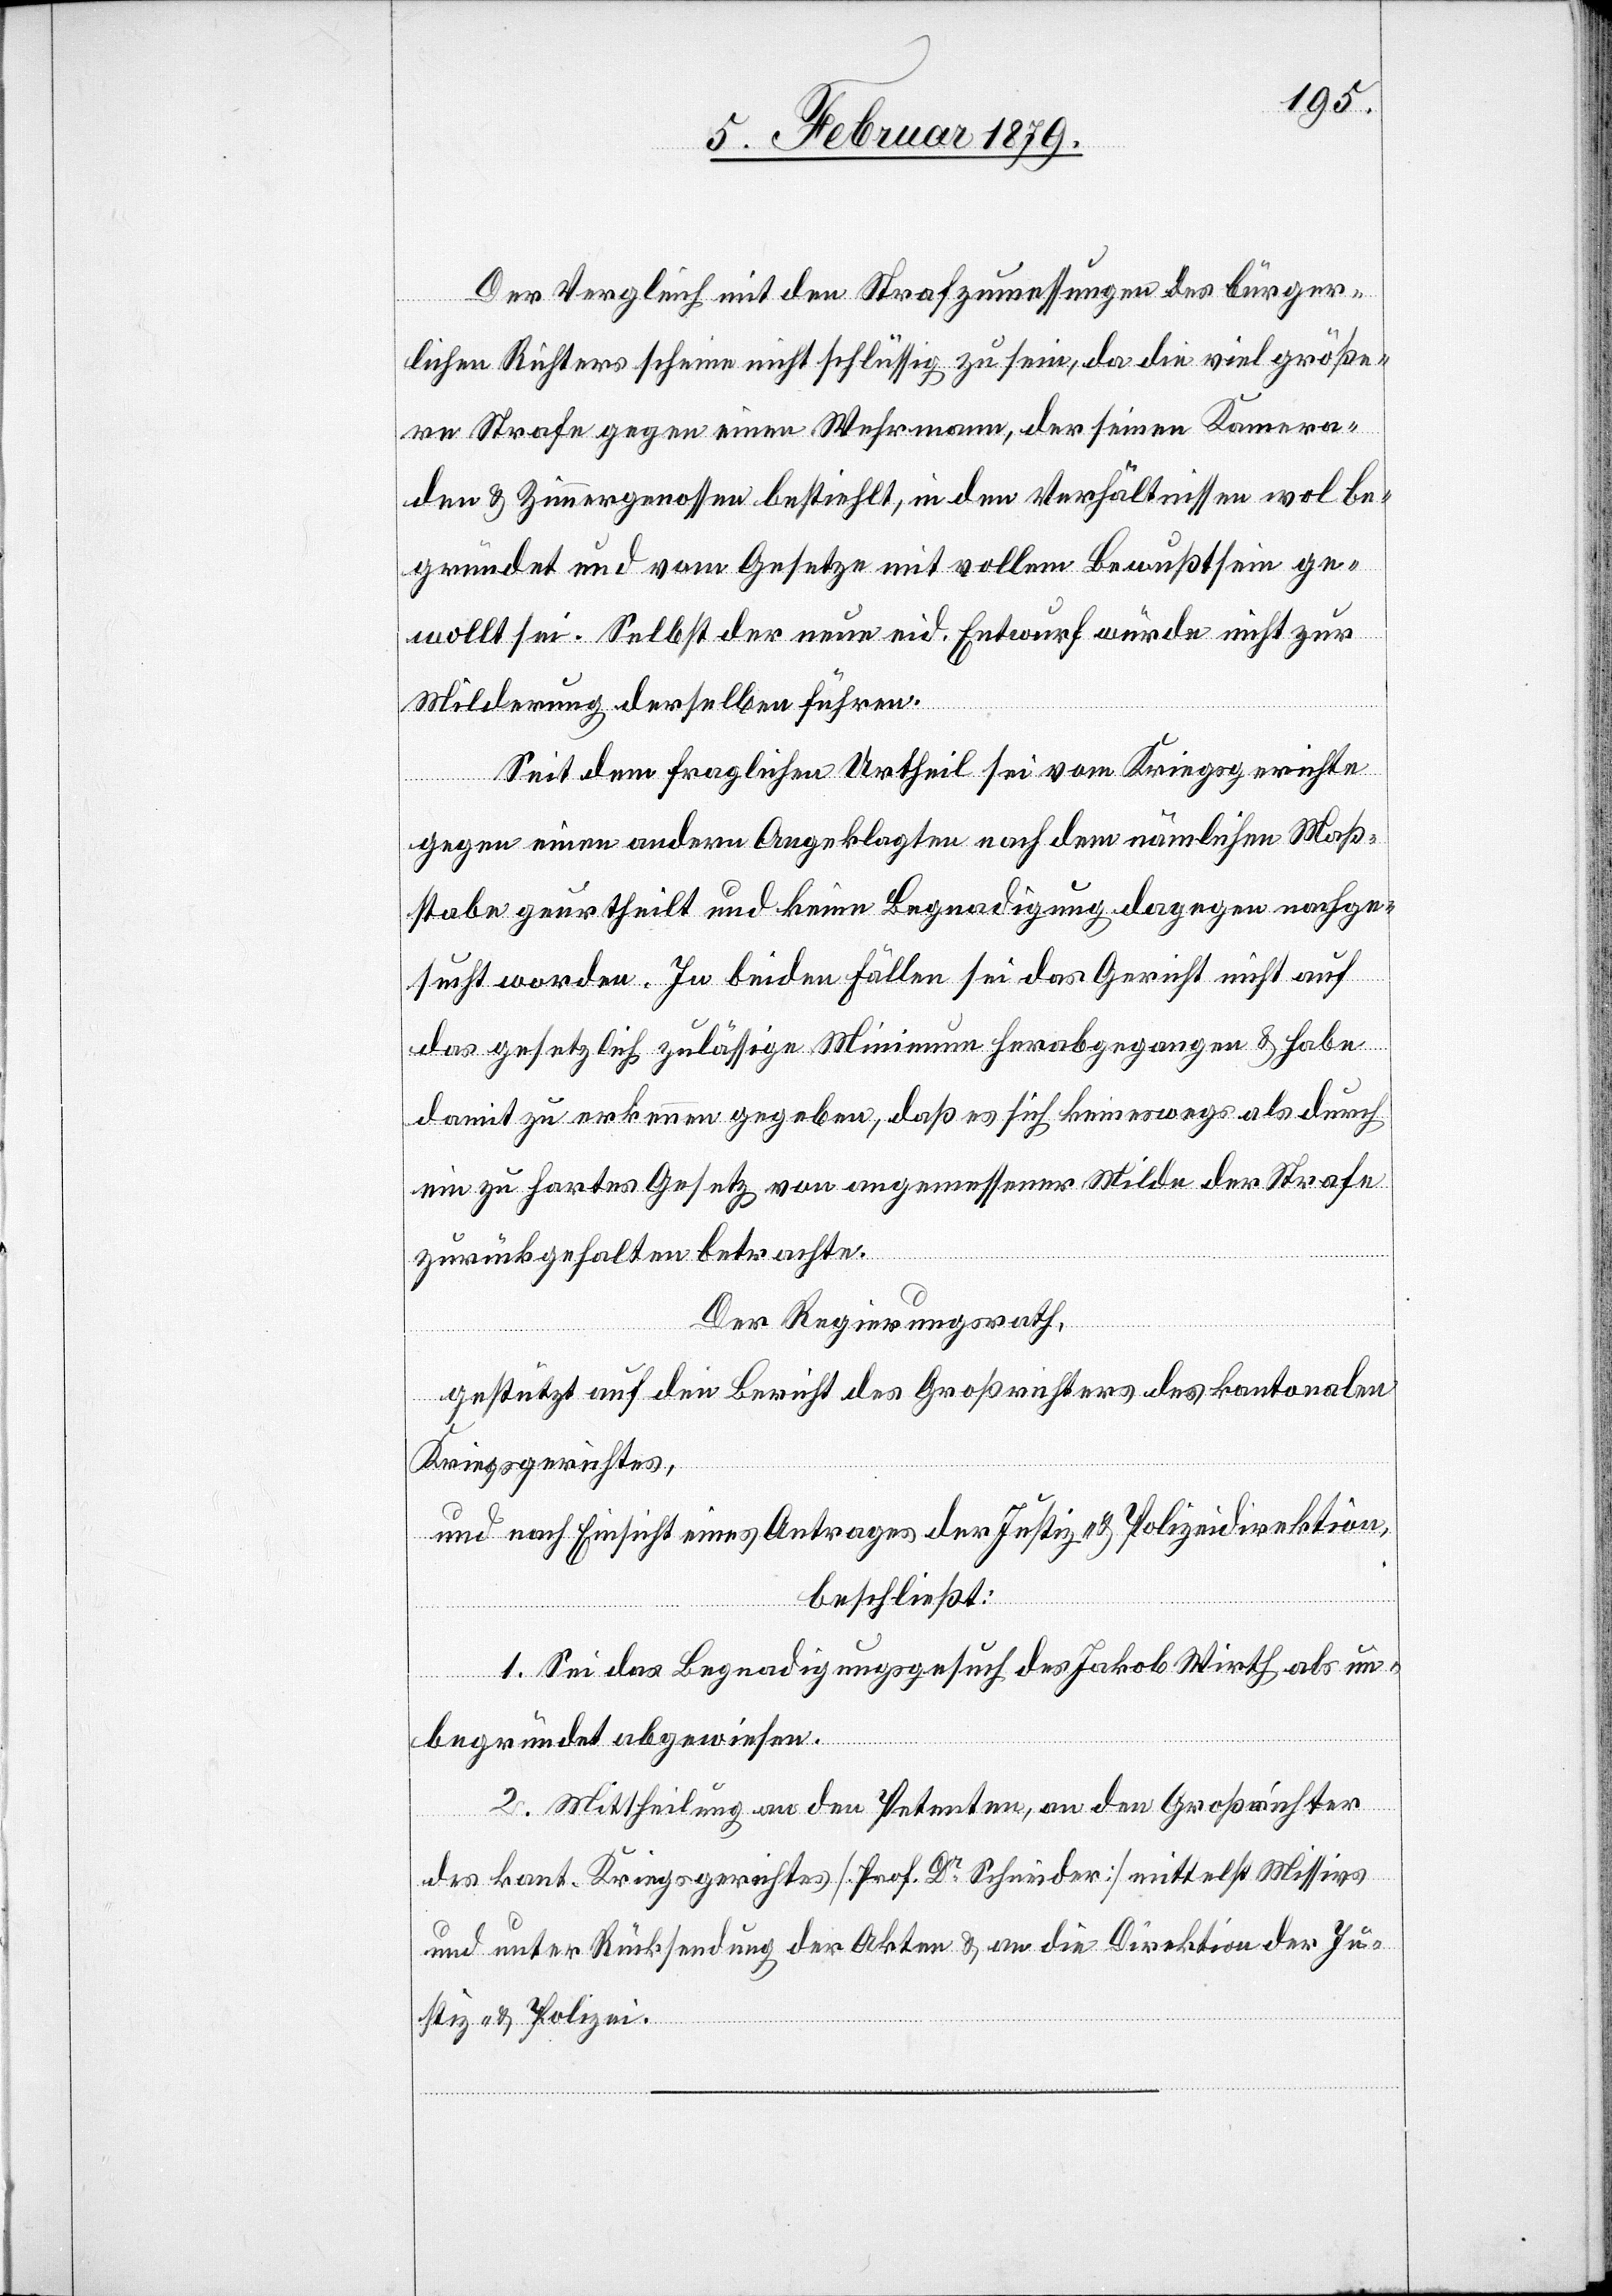
Der Vergleich mit den Strafzumessungen des bürger¬
lichen Richters scheine nicht schlüssig zu sein, da die viel größe¬
re Strafe gegen einen Wehrmann, der seinen Kamera¬
den & Zimmergenossen bestiehlt, in den Verhältnissen wol be¬
gründet und vom Gesetze mit vollem Bewußtsein ge¬
wollt sei. Selbst der neue eid. Entwurf würde nicht zur
Milderung derselben führen.
Seit dem fraglichen Urtheil sei vom Kriegsgerichte
gegen einen andern Angeklagten nach dem nämlichen Maß¬
stabe geurtheilt und keine Begnadigung dagegen nachge¬
sucht worden. In beiden Fällen sei das Gericht nicht auf
das gesetzlich zulässige Minimum herabgegangen & habe
damit zu erkennen gegeben, daß es sich keineswegs als durch
ein zu hartes Gesetz von angemessener Milde der Strafe
zurückgehalten betrachte.
Der Regierungsrath,
gestützt auf den Bericht des Großrichters des kantonalen
Kriegsgerichtes,
und nach Einsicht eines Antrages der Justiz- & Polizeidirektion,
beschließt:
1. Sei das Begnadigungsgesuch des Jakob Wirth als un¬
begründet abgewiesen.
2. Mittheilung an den Petenten, an den Großrichter
des kant. Kriegsgerichtes [Prof. Dr Schneider] mittelst Missivs
und unter Rücksendung der Akten & an die Direktion der Ju¬
stiz & Polizei.